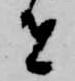
者